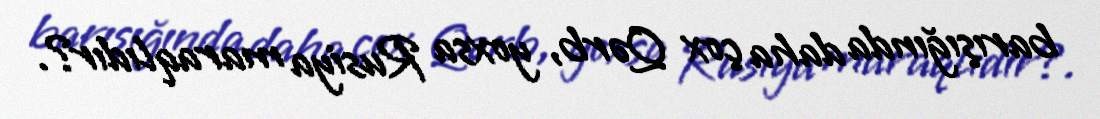
barışığında daha çox Qərb, yoxsa Rusiya maraqlıdır?.